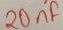
Text: 20µF